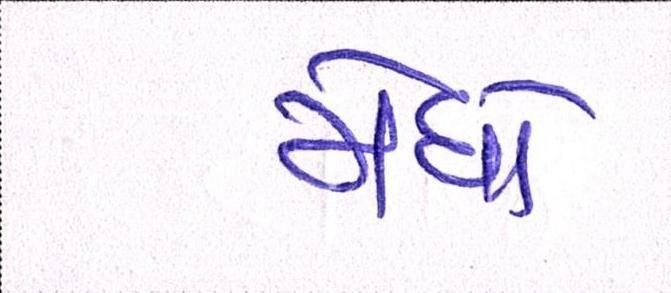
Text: મેઘો